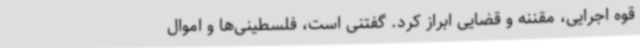
قوه اجرایی، مقننه و قضایی ابراز کرد. گفتنی است، فلسطینی‌ها و اموال